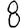
Digit: 8